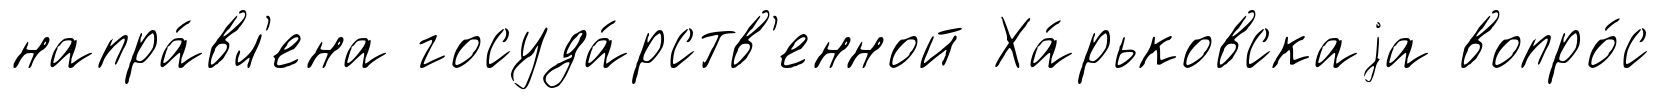
напра́вл'ена госуда́рств'енной Ха́рьковскаjа вопро́с